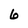
Character: 6